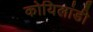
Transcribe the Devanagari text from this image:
कोयिलांडी